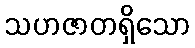
သဟဇာတရှိသော